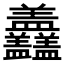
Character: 𥃣